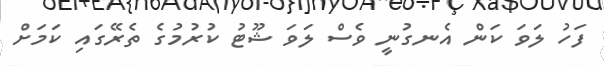
ފަހު ލަވަ ކަން އެނގުނީ ވެސް ލަވަ ޝޫޓު ކުރުމުގެ ތެރޭގައި ކަމަށް